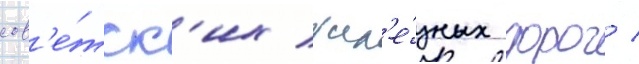
сов'е́тск'их жел'е́зных дорог /